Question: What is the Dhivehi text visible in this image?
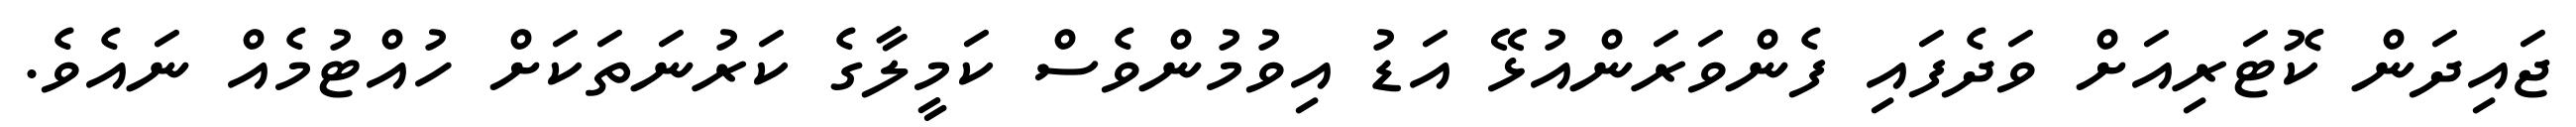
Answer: ޖައިދަން ކޮޓަރިއަށް ވަދެފައި ފެންވަރަންއުޅޭ އަޑު އިވުމުންވެސް ކަމީލާގެ ކަރުނަތަކަށް ހުއްޓުމެއް ނައެވެ.